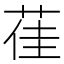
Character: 龿